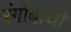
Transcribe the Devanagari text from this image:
रंगोबांची